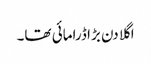
اگلا دن بڑا ڈرامائی تھا۔